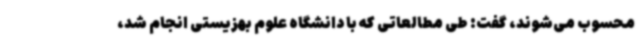
محسوب می‌شوند، گفت: طی مطالعاتی که با دانشگاه علوم بهزیستی انجام شد،